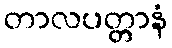
တာလပတ္တာနံ